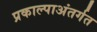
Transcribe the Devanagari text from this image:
प्रकाल्पाअंतर्गत